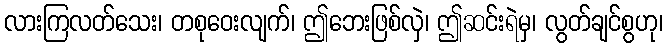
လားကြလတ်သေး၊ တစုဝေးလျက်၊ ဤဘေးဖြစ်လှဲ၊ ဤဆင်းရဲမှ၊ လွတ်ချင်စွဟု၊